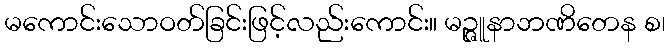
မကောင်းသောဝတ်ခြင်းဖြင့်လည်းကောင်း။ မဉ္ဇူနာဘဏိတေန စ၊